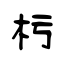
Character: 杇